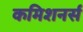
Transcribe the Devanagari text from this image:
कमिशनर्स